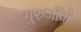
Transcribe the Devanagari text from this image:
गुरुर्जीवो